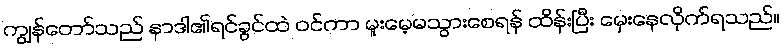
ကျွန်တော်သည် နာဒါ၏ရင်ခွင်ထဲ ဝင်ကာ မူးမေ့မသွားစေရန် ထိန်းပြီး မှေးနေလိုက်ရသည်။